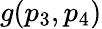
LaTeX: g(p_{3},p_{4})